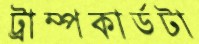
ট্রাম্পকার্ডটা